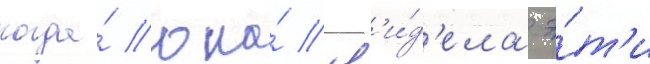
когда́ она́ ув'и́д'ела э́т'и